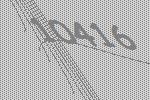
10416